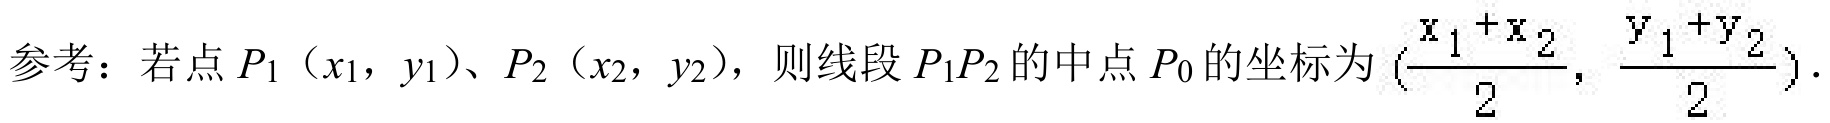
参考：若点\(P_1(x_1,y_1)\)、\(P_2(x_2,y_2)\)，则线段\(P_1P_2\)的中点\(P_0\)的坐标为\((\frac{x_1 + x_2}{2},\frac{y_1 + y_2}{2})\)．